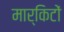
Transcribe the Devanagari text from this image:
मार्किटों